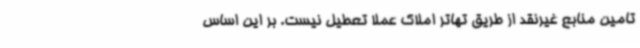
تامین منابع غیرنقد از طریق تهاتر املاک عملاً تعطیل نیست. بر این اساس